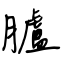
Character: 臚